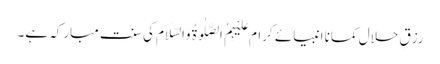
رزقِ حلال کمانا انبیائے کرام عَلَیْہِمُ الصَّلٰوۃُ وَالسَّلَام کی سنت مبارکہ ہے۔